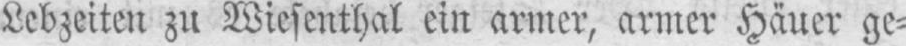
Lebzeiten zu Wiesenthal ein armer, armer Häuer ge⸗